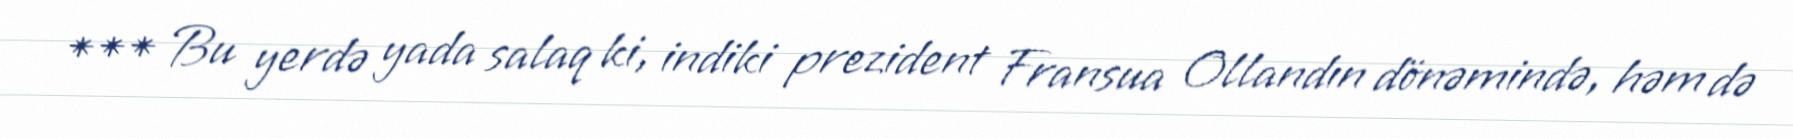
*** Bu yerdə yada salaq ki, indiki prezident Fransua Ollandın dönəmində, həm də